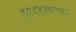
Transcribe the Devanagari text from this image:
सापडल्याच्या